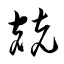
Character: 兢